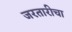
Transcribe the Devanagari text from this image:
जरतारीचा